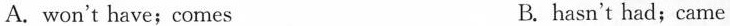
A. won't have;comes B. hasn't had;came